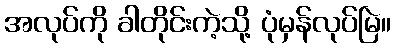
အလုပ်ကို ခါတိုင်းကဲ့သို့ ပုံမှန်လုပ်မြဲ။